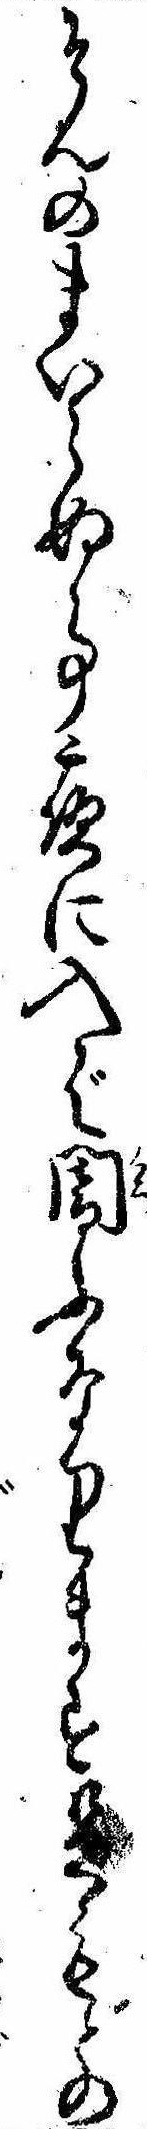
そんのまいらぬ事夜に入ば闇ふなります足もとの